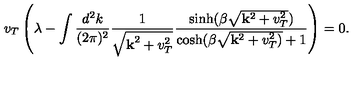
{ v _ { T } } \left( \lambda - \int \frac { d ^ { 2 } k } { ( 2 \pi ) ^ { 2 } } \frac { 1 } { \sqrt { { \bf k } ^ { 2 } + v _ { T } ^ { 2 } } } \frac { \sinh ( \beta \sqrt { { \bf k } ^ { 2 } + v _ { T } ^ { 2 } } ) } { \cosh ( \beta \sqrt { { \bf k } ^ { 2 } + v _ { T } ^ { 2 } ) } + 1 } \right) = 0 .